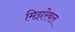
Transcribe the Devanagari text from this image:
मिझरेबल